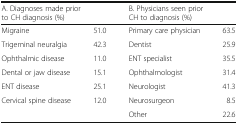
| <COLSPAN=2> A. Diagnoses made prior to CH diagnosis (%) | <COLSPAN=2> B. Physicians seen prior CH to diagnosis (%) |
 | --- | --- | --- | --- |
 | Migraine | 51.0 | Primary care physician | 63.5 |
 | Trigeminal neuralgia | 42.3 | Dentist | 25.9 |
 | Ophthalmic disease | 11.0 | ENT specialist | 35.5 |
 | Dental or jaw disease | 15.1 | Ophthalmologist | 31.4 |
 | ENT disease | 25.1 | Neurologist | 41.3 |
 | Cervical spine disease | 12.0 | Neurosurgeon | 8.5 |
 |  |  | Other | 22.6 |